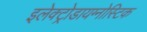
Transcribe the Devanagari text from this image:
इलेक्ट्रोडायग्नोस्टिक